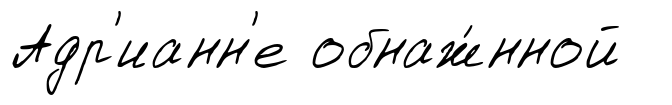
Адр'ианн'е обнаж́нной